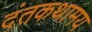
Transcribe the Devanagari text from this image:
दंतकथामय